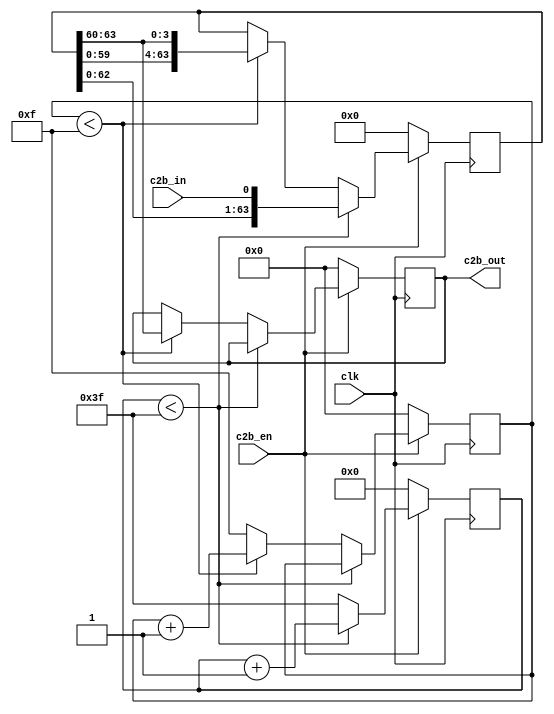
`timescale 1ns / 1ps


module c2b1(
    input clk,
	 input c2b_en,
	 input c2b_in,
	 output[3:0] c2b_out
    );
reg[3:0] cnt_rsc1 = 0;
reg[3:0] rsc1 = 0;
reg[63:0] middle = 0;
reg[5:0] in_cnt = 0;

assign c2b_out = rsc1;

always @(posedge clk)
 begin
  if(!c2b_en)
   begin
	 in_cnt<=0;
	 middle<=0;
	 cnt_rsc1<=0;
	 rsc1<=0;
   end
  else
   begin
	 if(in_cnt<63)
	  begin
		middle<={middle[62:0],c2b_in};
		in_cnt<=in_cnt+1;
	  end
	 else
	  begin
		in_cnt<=63;
		if(cnt_rsc1<15)                     //4*16=64
	    begin
	     rsc1<=middle[63:60];
	     middle<={middle[59:0],middle[63:60]};
	     cnt_rsc1<=cnt_rsc1+1;
	    end
	   else
	    begin
	     cnt_rsc1<=15;
	    end
	  end
	end
end
 
endmodule